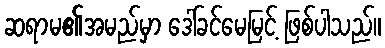
ဆရာမ၏အမည်မှာ ဒေါ်ခင်မေမြင့် ဖြစ်ပါသည်။